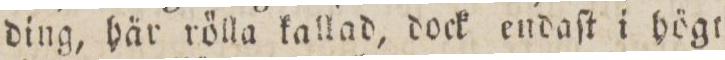
ding, här rölla kallad, dock endaſt i högt